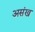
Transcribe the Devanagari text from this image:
असंख